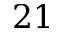
2 1